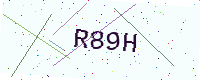
Text: R89H